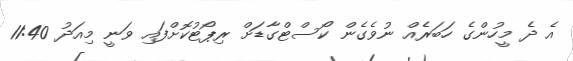
އެ ދެ މީހުންގެ ހަބަރެއް ނުވެގެން ކޯސްޓްގާޑަށް ރިޕޯޓުކޮށްފައި ވަނީ މިއަދު 11:40